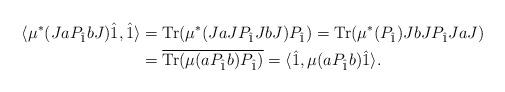
LaTeX: \begin{align*}\langle \mu^*(J a P_{\hat{1}} b J) \hat{1}, \hat{1} \rangle &= {\rm Tr}(\mu^*( Ja J P_{\hat{1}} JbJ ) P_{\hat{1}} ) = {\rm Tr}(\mu^* (P_{\hat{1}}) JbJ P_{\hat{1}} Ja J) \\&= \overline{ {\rm Tr}( \mu( aP_{\hat{1}} b) P_{\hat{1}} )} = \langle \hat{1}, \mu(a P_{\hat 1} b) \hat{1} \rangle.\end{align*}